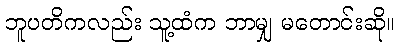
ဘူပတိကလည်း သူ့ထံက ဘာမျှ မတောင်းဆို။